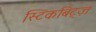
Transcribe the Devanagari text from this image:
स्टिकबिट्ज़